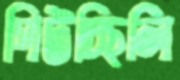
পিটচ্ছিলি